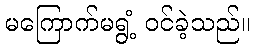
မကြောက်မရွံ့ ဝင်ခဲ့သည်။